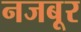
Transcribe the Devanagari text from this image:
नजबूर